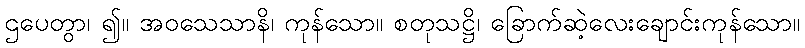
ဌပေတွာ၊ ၍။ အဝသေသာနိ၊ ကုန်သော။ စတုသဋ္ဌိ၊ ခြောက်ဆဲ့လေးချောင်းကုန်သော။